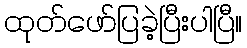
ထုတ်ဖော်ပြခဲ့ပြီးပါပြီ။